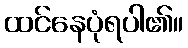
ထင်နေပုံရပါ၏။